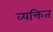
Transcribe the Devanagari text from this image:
व्यक्तित